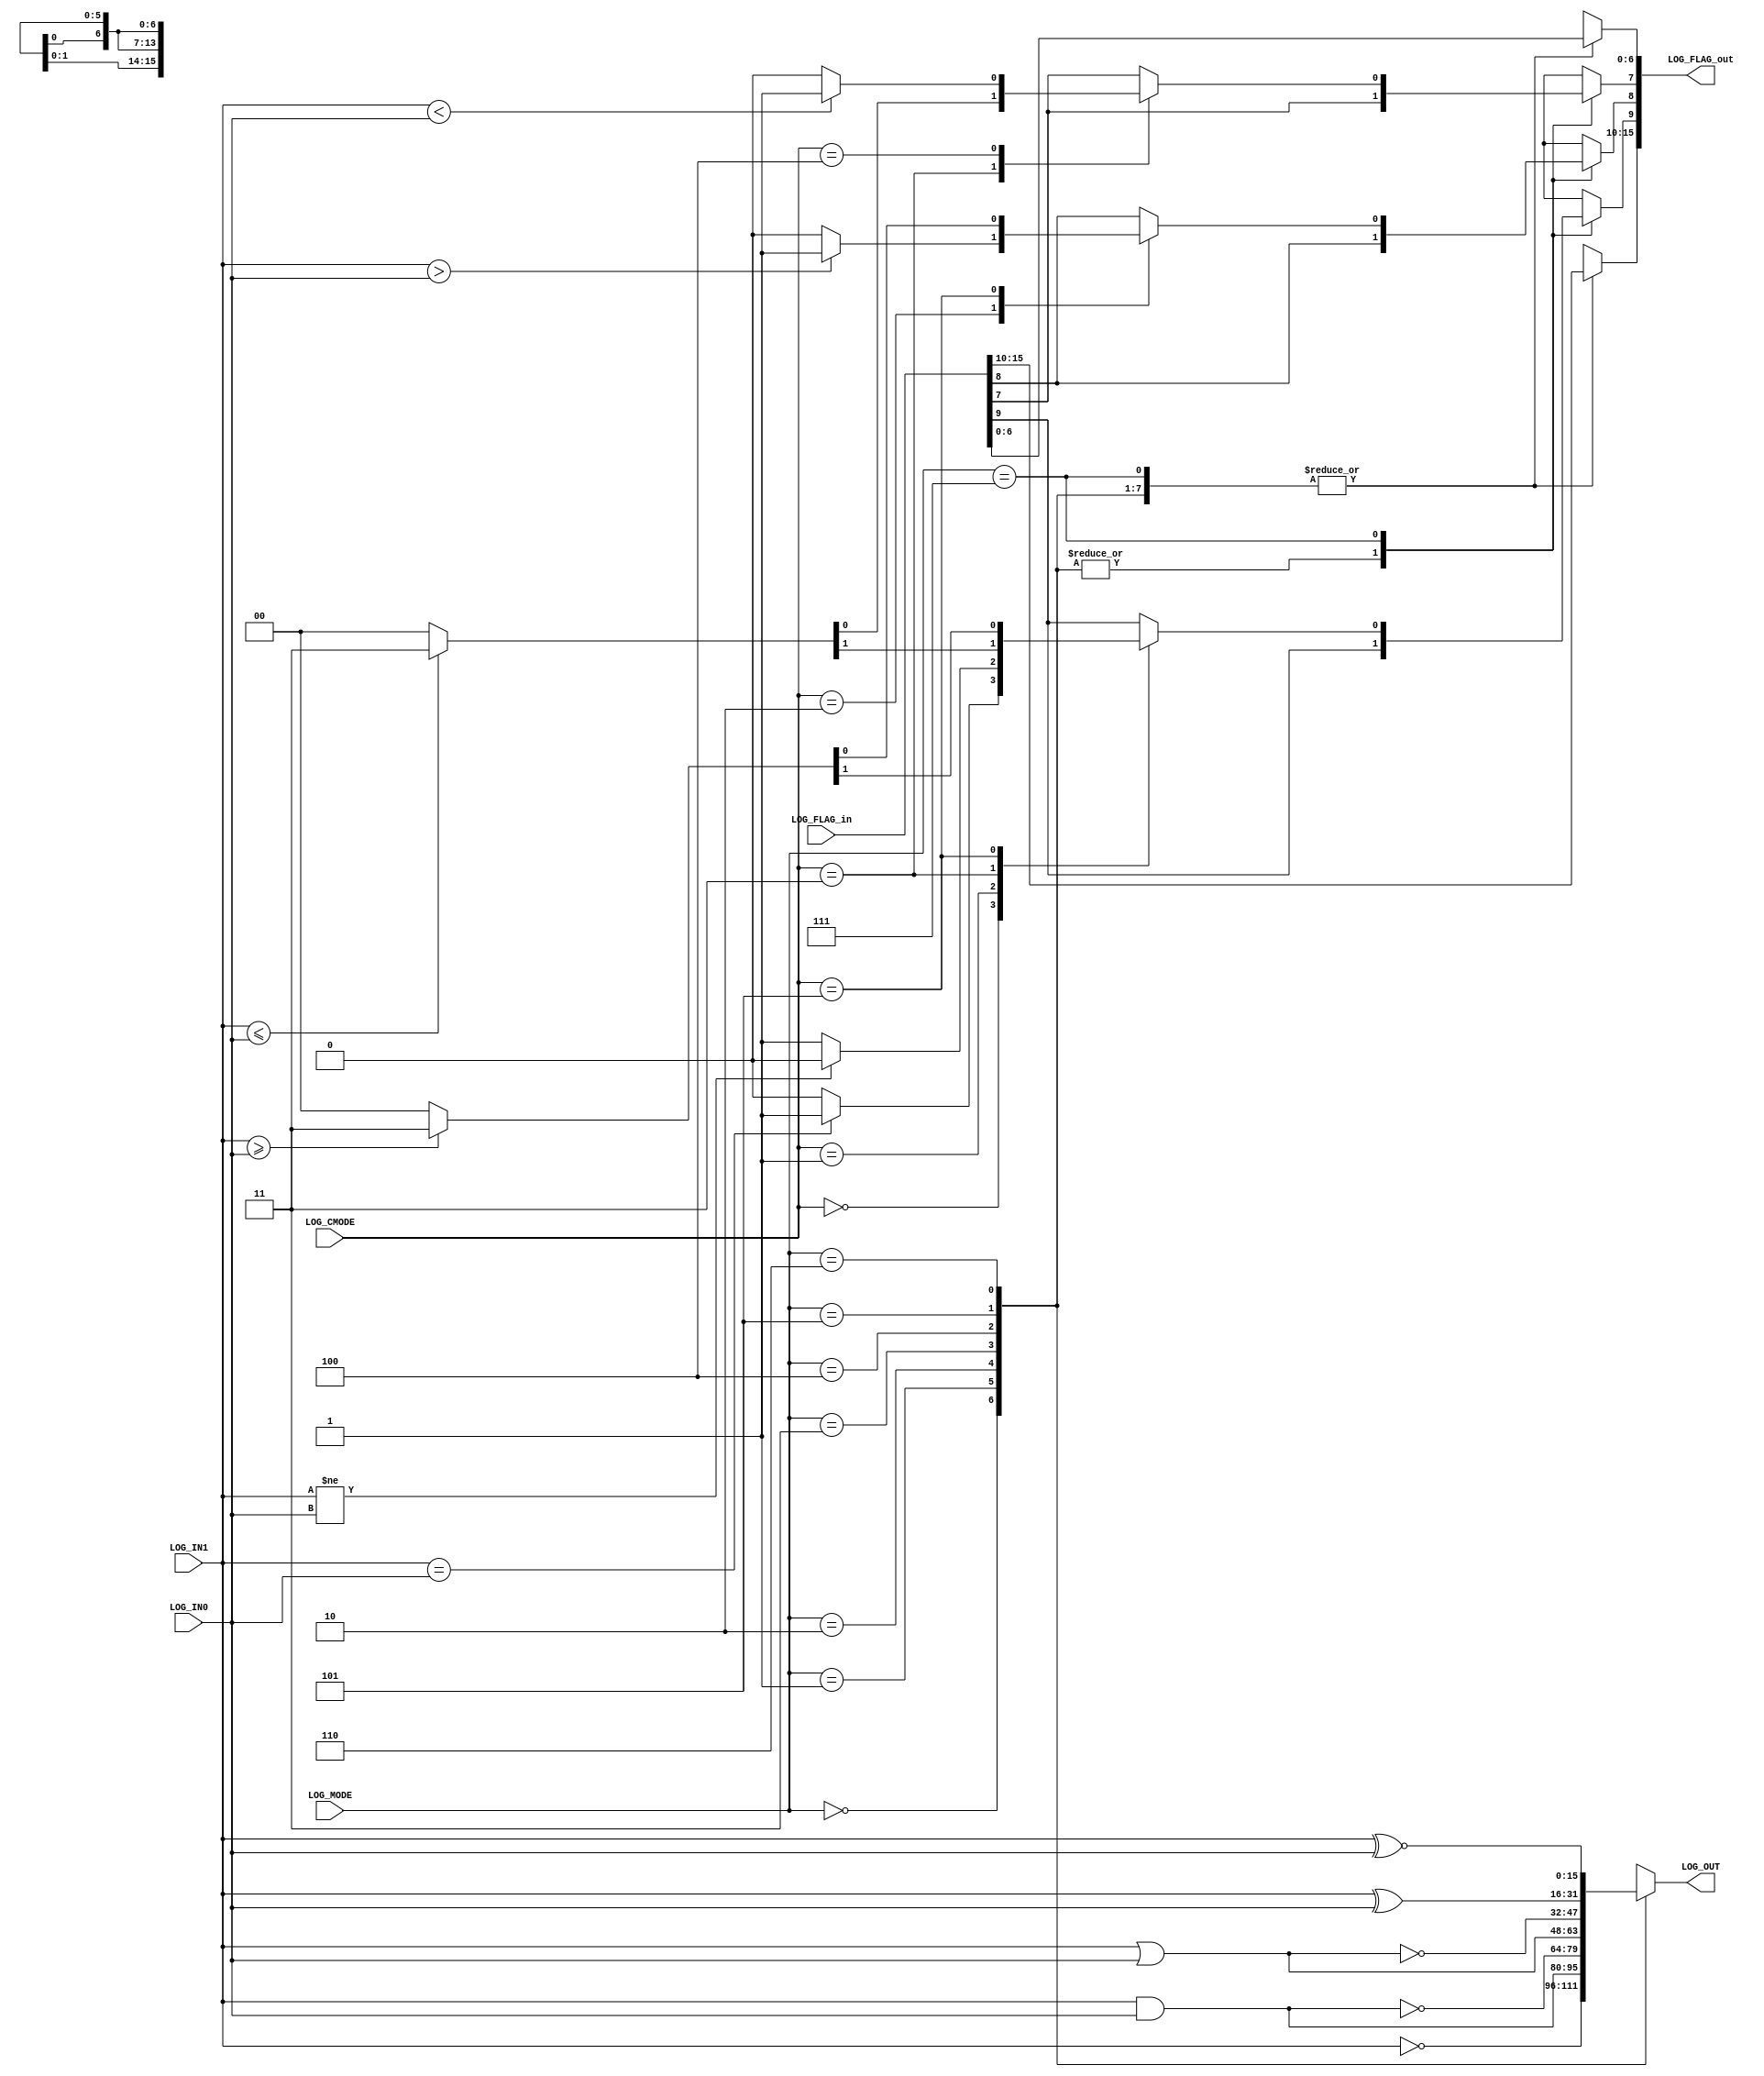
`timescale 1ns / 1ps
module LOG(LOG_IN1,LOG_IN0,LOG_OUT,LOG_MODE,LOG_CMODE,LOG_FLAG_in,LOG_FLAG_out);
input [15:0] LOG_IN1,LOG_IN0;
input [2:0] LOG_MODE;
input [15:0] LOG_FLAG_in;
input [2:0] LOG_CMODE;//EQ NE GT LE LT GE 
output [15:0] LOG_FLAG_out;
output [15:0] LOG_OUT;

wire [15:0] LOG_IN1,LOG_IN0;
wire [2:0] LOG_MODE;
wire [15:0] LOG_FLAG_in;
reg [15:0] LOG_FLAG_out;
reg [15:0] LOG_OUT;
wire [2:0] LOG_CMODE;//EQ NE GT LE LT GE 

//ALU main
always@(LOG_IN0 or LOG_IN1 or LOG_MODE or LOG_FLAG_in or LOG_CMODE) begin
  case(LOG_MODE)
    3'b000: begin//NOT
          	LOG_OUT <= ~LOG_IN1;
				LOG_FLAG_out <= LOG_FLAG_in;
				end 
    3'b001: begin//AND
          	LOG_OUT <= LOG_IN1 & LOG_IN0;
				LOG_FLAG_out <= LOG_FLAG_in;
				end
    3'b010: begin//NAND
          	LOG_OUT <= ~((LOG_IN1)&(LOG_IN0));
				LOG_FLAG_out <= LOG_FLAG_in;
				end
    3'b011: begin//OR
          	LOG_OUT <= LOG_IN1 | LOG_IN0;
				LOG_FLAG_out <= LOG_FLAG_in;
				end 
    3'b100: begin//NOR
          	LOG_OUT <= ~((LOG_IN1)|(LOG_IN0));
				LOG_FLAG_out <= LOG_FLAG_in;
				end
    3'b101: begin//XOR
          	LOG_OUT <= LOG_IN1 ^ LOG_IN0;
				LOG_FLAG_out <= LOG_FLAG_in;
				end
    3'b110: begin//XNOR
          	LOG_OUT <= LOG_IN1 ~^ LOG_IN0;
				LOG_FLAG_out <= LOG_FLAG_in;
				end
    3'b111: begin//EQ NE GT LE LT GE 
	         LOG_OUT <= 16'hxxxx;
          	case(LOG_CMODE)
				3'b000:begin//EQ 
				       LOG_FLAG_out[9] <= (LOG_IN1==LOG_IN0)?1'b1:1'b0;
						 LOG_FLAG_out[8:0] <= LOG_FLAG_in[8:0];
						 LOG_FLAG_out[15:10] <= LOG_FLAG_in[15:10];
						 end
				3'b001:begin//NE
				       LOG_FLAG_out[9] <= (LOG_IN1!=LOG_IN0)?1'b0:1'b1;
						 LOG_FLAG_out[8:0] <= LOG_FLAG_in[8:0];
						 LOG_FLAG_out[15:10] <= LOG_FLAG_in[15:10];
						 end
				3'b010:begin//GT
				       LOG_FLAG_out[8] <= (LOG_IN1 > LOG_IN0)?1'b1:1'b0;
						 LOG_FLAG_out[7:0] <= LOG_FLAG_in[7:0];
						 LOG_FLAG_out[15:9] <= LOG_FLAG_in[15:9];
						 end
				3'b011:begin//LE
				       {LOG_FLAG_out[9],LOG_FLAG_out[7]} <= (LOG_IN1 <= LOG_IN0)?{2'b11}:{2'b00};
						 LOG_FLAG_out[8] <= LOG_FLAG_in[8];
						 LOG_FLAG_out[15:10] <= LOG_FLAG_in[15:10];
						 LOG_FLAG_out[6:0] <= LOG_FLAG_in[6:0];
						 end
				3'b100:begin//LT
				       LOG_FLAG_out[7] <= (LOG_IN1 < LOG_IN0)?1'b1:1'b0;
						 LOG_FLAG_out[6:0] <= LOG_FLAG_in[6:0];
						 LOG_FLAG_out[15:8] <= LOG_FLAG_in[15:8];
						 end
				3'b101:begin//GE 
				       {LOG_FLAG_out[9],LOG_FLAG_out[8]} <= (LOG_IN1 >= LOG_IN0)?{2'b11}:{2'b00};
						 LOG_FLAG_out[7:0] <= LOG_FLAG_in[7:0];
						 LOG_FLAG_out[15:10] <= LOG_FLAG_in[15:10];
						 end
				default:begin
				       LOG_FLAG_out[15:0] <= LOG_FLAG_in[15:0];
						 end
			   endcase
				end
  endcase
end


endmodule